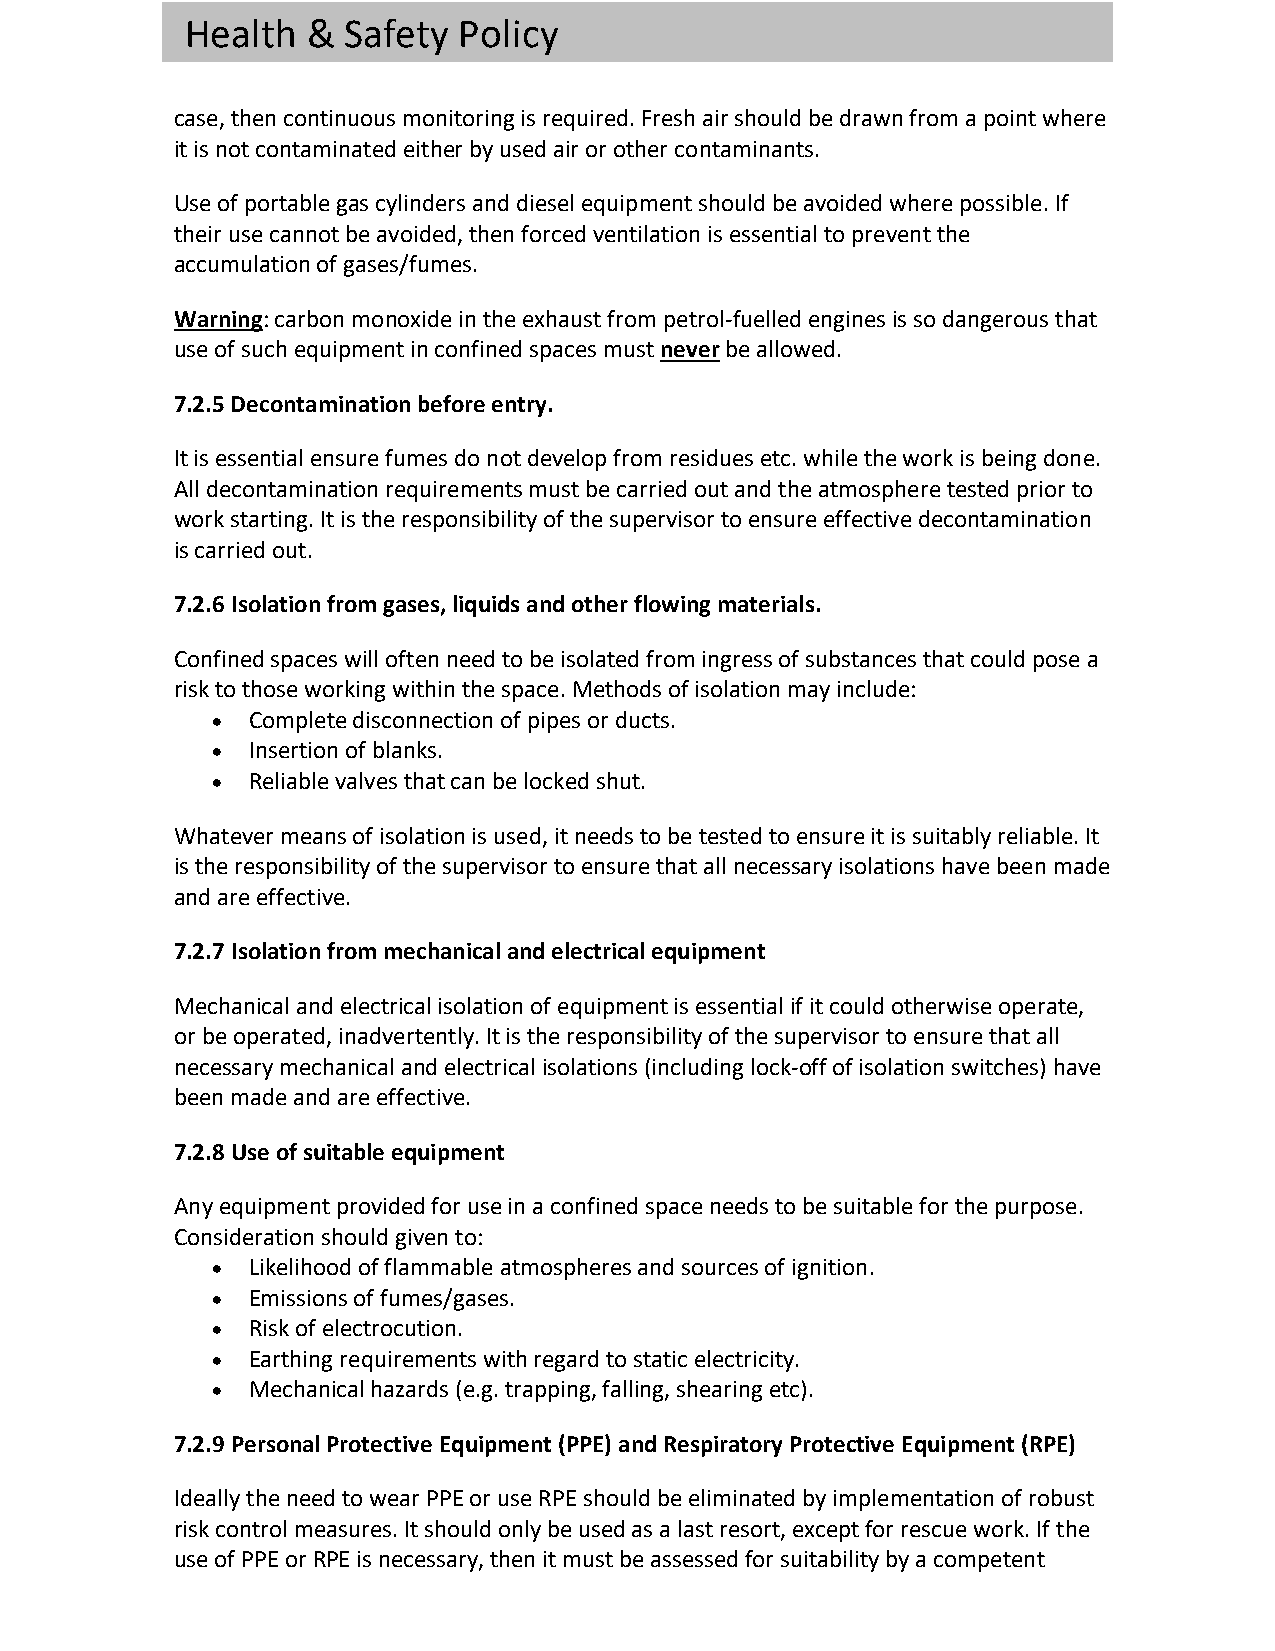
Health  &  Safety Policy
 case, then continuous monitoring is required. Fresh air should be drawn from a point where
 it is not contaminated either by used air or other contaminants.
 Use of portable gas cylinders and diesel equipment should be avoided where possible. If
 their use cannot be avoided, then forced ventilation is essential to prevent the
 accumulation of gases/fumes.
 Warning: carbon monoxide in the exhaust from petrol-fuelled engines is so dangerous that
 use of such equipment in confined spaces must never be allowed.
 7.2.5 Decontamination before entry.
 It is essential ensure fumes do not develop from residues etc. while the work is being done.
 All decontamination requirements must be carried out and the atmosphere tested prior to
 work starting. It is the responsibility of the supervisor to ensure effective decontamination
 is carried out.
 7.2.6 Isolation from gases, liquids and other flowing materials.
 Confined spaces will often need to be isolated from ingress of substances that could pose a
 risk to those working within the space. Methods of isolation may include:
 • Complete disconnection of pipes or ducts.
 • Insertion of blanks.
 • Reliable valves that can be locked shut.
 Whatever means of isolation is used, it needs to be tested to ensure it is suitably reliable. It
 is the responsibility of the supervisor to ensure that all necessary isolations have been made
 and are effective.
 7.2.7 Isolation from mechanical and electrical equipment
 Mechanical and electrical isolation of equipment is essential if it could otherwise operate,
 or be operated, inadvertently. It is the responsibility of the supervisor to ensure that all
 necessary mechanical and electrical isolations (including lock-off of isolation switches) have
 been made and are effective.
 7.2.8 Use of suitable equipment
 Any equipment provided for use in a confined space needs to be suitable for the purpose.
 Consideration should given to:
 • Likelihood of flammable atmospheres and sources of ignition.
 • Emissions of fumes/gases.
 • Risk of electrocution.
 • Earthing requirements with regard to static electricity.
 • Mechanical hazards (e.g. trapping, falling, shearing etc).
 7.2.9 Personal Protective Equipment (PPE) and Respiratory Protective Equipment (RPE)
 Ideally the need to wear PPE or use RPE should be eliminated by implementation of robust
 risk control measures. It should only be used as a last resort, except for rescue work. If the
 use of PPE or RPE is necessary, then it must be assessed for suitability by a competent